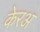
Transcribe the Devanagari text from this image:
केरअ